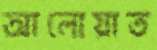
আলোয়াত